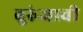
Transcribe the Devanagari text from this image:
बुरुंजाची